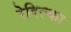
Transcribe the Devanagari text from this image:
रेदिल्का